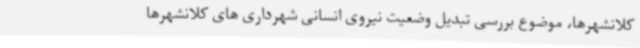
کلانشهرها، موضوع بررسی تبدیل وضعیت نیروی انسانی شهرداری های کلانشهرها